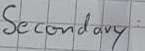
Text: Secondary